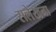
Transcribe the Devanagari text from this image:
सलेखना